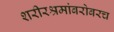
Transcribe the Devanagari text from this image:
शरीरश्रमांबरोबरच